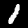
Label: 1